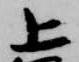
上